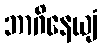
ဘာဂိနေယျံ